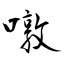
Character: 噋